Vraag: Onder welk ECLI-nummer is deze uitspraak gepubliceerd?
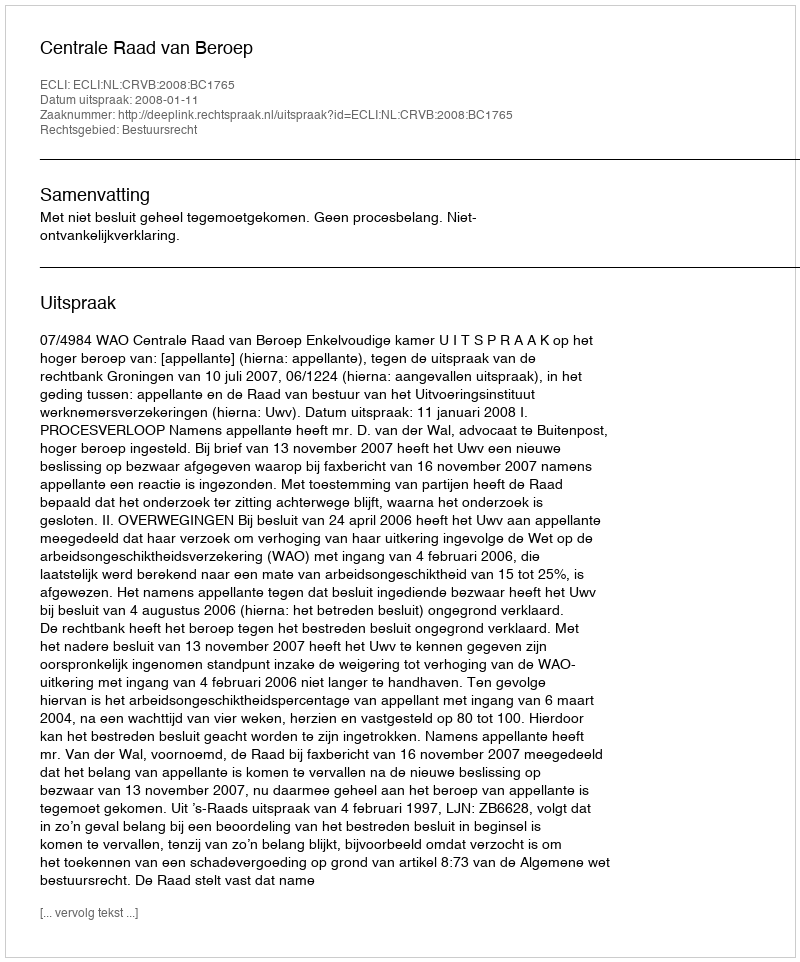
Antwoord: ECLI:NL:CRVB:2008:BC1765